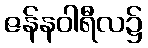
ဇန်နဝါရီလ၌